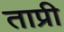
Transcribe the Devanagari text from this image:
ताप्री